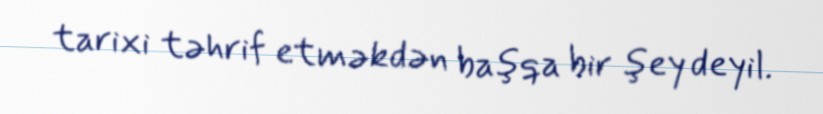
tarixi təhrif etməkdən başqa bir şey deyil.